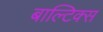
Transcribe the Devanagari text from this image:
बाल्टिक्स